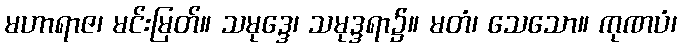
မဟာရာဇ၊ မင်းမြတ်။ သမုဒ္ဒေ၊ သမုဒ္ဒရာ၌။ မတံ၊ သေသော။ ကုဏပံ၊